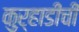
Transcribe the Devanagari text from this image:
कुऱ्हाडींची